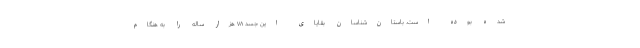
شده بوده است. باستان‌شناسان بقایای این جسد ۷۸ هزار ساله را به هنگام